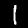
Label: 1